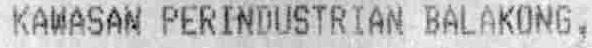
KAWASAN PERINDUSTRIAN BALAKONG,